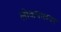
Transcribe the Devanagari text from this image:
लोकपालवर